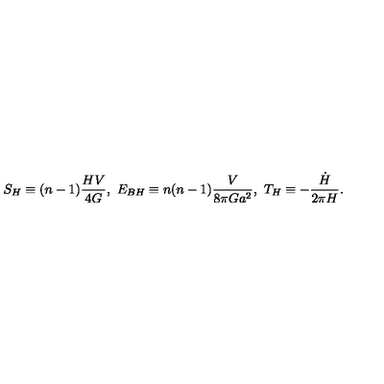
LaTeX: S _ { H } \equiv ( n - 1 ) { \frac { H V } { 4 G } } , \ E _ { B H } \equiv n ( n - 1 ) { \frac { V } { 8 \pi G a ^ { 2 } } } , \ T _ { H } \equiv - { \frac { \dot { H } } { 2 \pi H } } .